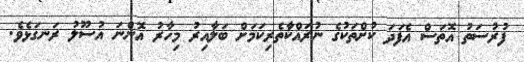
ފުރުސަތު އޮތަސް އެފަދަ ކުށްތަކުގެ ނުރައްކާތެރިކަމަށް ބަލާއިރު މިހާރު އޮންނަ އުސޫލު ރަނގަޅެވެ.